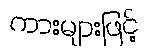
ကားများဖြင့်